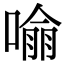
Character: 𭊏